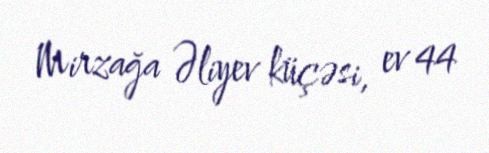
Mirzağa Əliyev küçəsi, ev 44